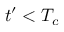
t ^ { \prime } < T _ { c }